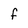
Character: f